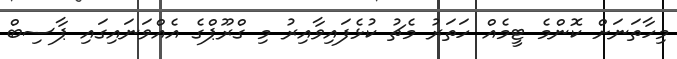
މިހާތަނަށް ކޮންމެ ޓީމެއް ހަތަރު މެޗު ކުޅެފައިވާއިރު މި ގްރޫޕްގެ އެއްވަނައިގައި ޕާސިބް